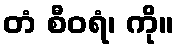
တံ စီဝရံ၊ ကို။